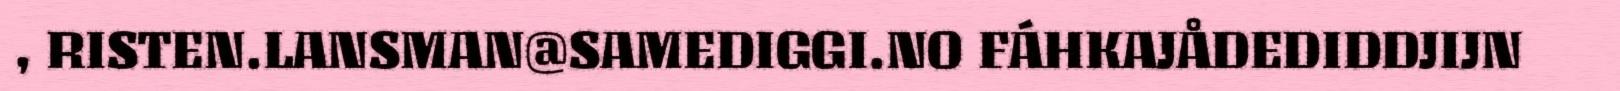
, RISTEN.LANSMAN@SAMEDIGGI.NO FÁHKAJÅDEDIDDJIJN